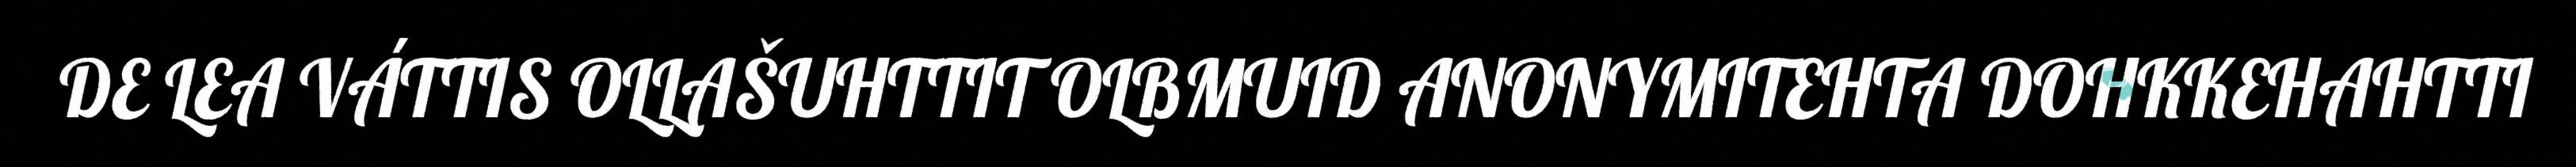
DE LEA VÁTTIS OLLAŠUHTTIT OLBMUID ANONYMITEHTA DOHKKEHAHTTI